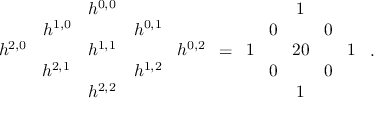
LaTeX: \begin{array} { c c c c c } { { } } & { { } } & { { h ^ { 0 , 0 } } } & { { } } & { { } } \\ { { } } & { { h ^ { 1 , 0 } \! } } & { { } } & { { \! h ^ { 0 , 1 } \! } } & { { } } \\ { { h ^ { 2 , 0 } \! } } & { { \! } } & { { h ^ { 1 , 1 } } } & { { \! } } & { { \! h ^ { 0 , 2 } } } \\ { { } } & { { h ^ { 2 , 1 } } } & { { } } & { { h ^ { 1 , 2 } } } & { { } } \\ { { } } & { { } } & { { h ^ { 2 , 2 } } } & { { } } & { { } } \end{array} = \begin{array} { c c c c c } { { } } & { { } } & { { 1 } } & { { } } & { { } } \\ { { } } & { { 0 \! } } & { { } } & { { \! 0 } } & { { } } \\ { { 1 \! } } & { { \! } } & { { 2 0 } } & { { \! } } & { { \! 1 } } \\ { { } } & { { 0 \! } } & { { } } & { { \! 0 } } & { { } } \\ { { } } & { { } } & { { 1 } } & { { } } & { { } } \end{array} \ .